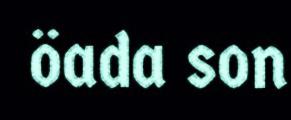
öada son